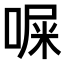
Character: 𪡨